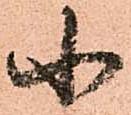
小